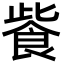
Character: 飺